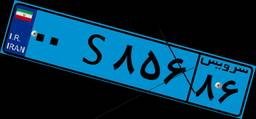
۰۰S۸۵۶۸۶